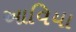
આવિયા